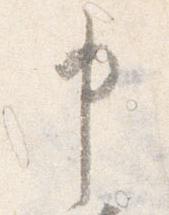
申